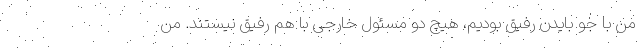
من با جو بایدن رفیق بودیم، هیچ دو مسئول خارجی با هم رفیق نیستند. من